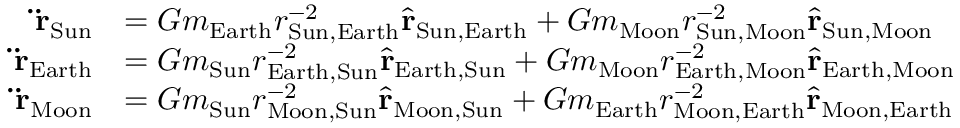
{ \begin{array} { r l } { \mathbf { \ddot { r } } _ { \mathrm { S u n } } } & { = G m _ { \mathrm { E a r t h } } r _ { { \mathrm { S u n } } , { \mathrm { E a r t h } } } ^ { - 2 } { \hat { \mathbf { r } } } _ { { \mathrm { S u n } } , { \mathrm { E a r t h } } } + G m _ { \mathrm { M o o n } } r _ { { \mathrm { S u n } } , { \mathrm { M o o n } } } ^ { - 2 } { \hat { \mathbf { r } } } _ { { \mathrm { S u n } } , { \mathrm { M o o n } } } } \\ { \mathbf { \ddot { r } } _ { \mathrm { E a r t h } } } & { = G m _ { \mathrm { S u n } } r _ { { \mathrm { E a r t h } } , { \mathrm { S u n } } } ^ { - 2 } { \hat { \mathbf { r } } } _ { { \mathrm { E a r t h } } , { \mathrm { S u n } } } + G m _ { \mathrm { M o o n } } r _ { { \mathrm { E a r t h } } , { \mathrm { M o o n } } } ^ { - 2 } { \hat { \mathbf { r } } } _ { { \mathrm { E a r t h } } , { \mathrm { M o o n } } } } \\ { \mathbf { \ddot { r } } _ { \mathrm { M o o n } } } & { = G m _ { \mathrm { S u n } } r _ { { \mathrm { M o o n } } , { \mathrm { S u n } } } ^ { - 2 } { \hat { \mathbf { r } } } _ { { \mathrm { M o o n } } , { \mathrm { S u n } } } + G m _ { \mathrm { E a r t h } } r _ { { \mathrm { M o o n } } , { \mathrm { E a r t h } } } ^ { - 2 } { \hat { \mathbf { r } } } _ { { \mathrm { M o o n } } , { \mathrm { E a r t h } } } } \end{array} }